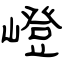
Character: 嶝